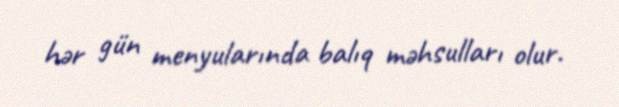
hər gün menyularında balıq məhsulları olur.